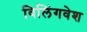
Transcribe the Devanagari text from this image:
विलिंगवेश